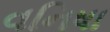
વનિષા